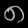
Digit: ၈